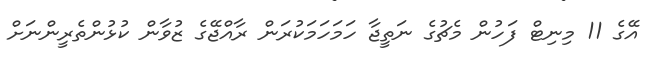
އޭގެ 11 މިނިޓް ފަހުން މެޗުގެ ނަތީޖާ ހަމަހަމަކުރަން ރާއްޖޭގެ ޒުވާން ކުޅުންތެރީންނަަށް